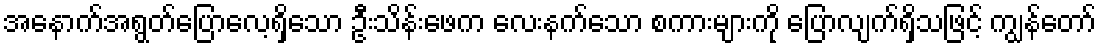
အနောက်အရွတ်ပြောလေ့ရှိသော ဦးသိန်းဖေက လေးနက်သော စကားများကို ပြောလျက်ရှိသဖြင့် ကျွန်တော်